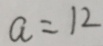
a = 1 2